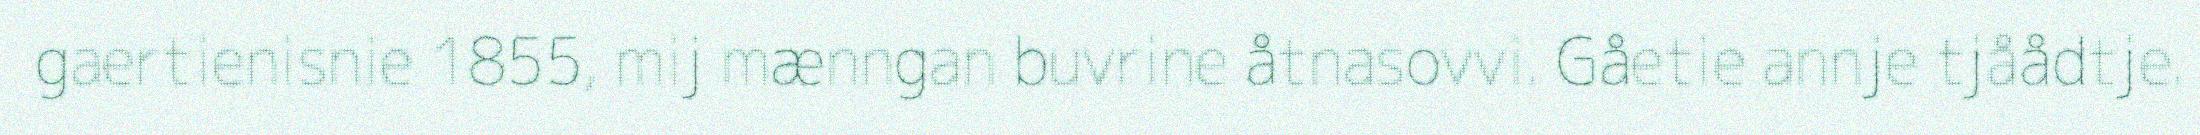
gaertienisnie 1855, mij mænngan buvrine åtnasovvi. Gåetie annje tjåådtje.